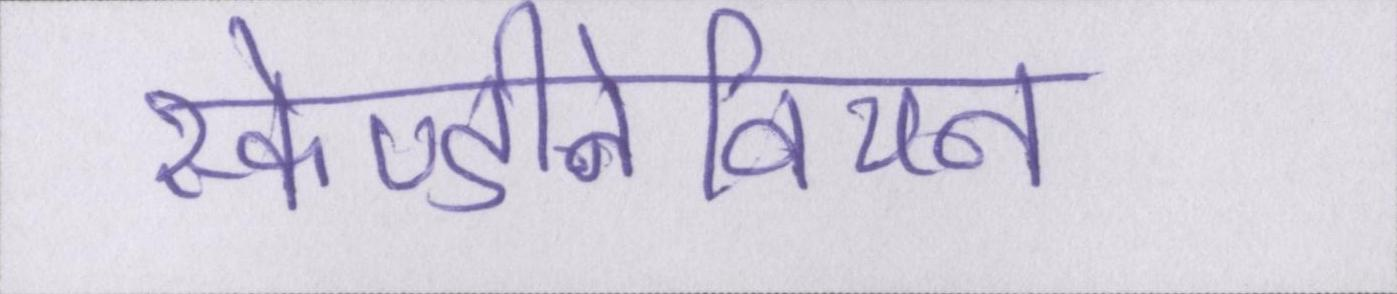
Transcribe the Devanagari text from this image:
स्केण्डीनेवियन